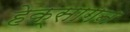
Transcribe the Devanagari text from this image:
हेक्सागन